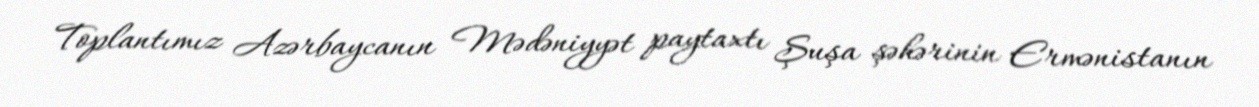
Toplantımız Azərbaycanın Mədəniyyət paytaxtı Şuşa şəhərinin Ermənistanın